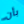
بأن